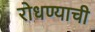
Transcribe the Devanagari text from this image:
रोधण्याची